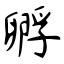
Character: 孵